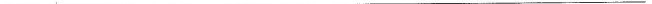
___